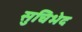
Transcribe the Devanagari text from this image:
सुचिभेद